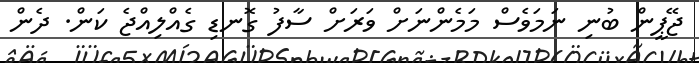
ޖޭޕީން ބުނި ނަމަވެސް މަމެންނަށް ވަރަށް ސާފު ގޮނޑި ގެއްލިއްޖެ ކަން. ދެން